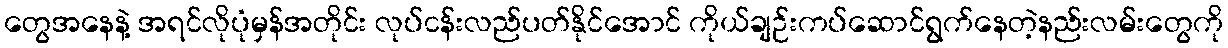
တွေအနေနဲ့ အရင်လိုပုံမှန်အတိုင်း လုပ်ငန်းလည်ပတ်နိုင်အောင် ကိုယ်ချဉ်းကပ်ဆောင်ရွက်နေတဲ့နည်းလမ်းတွေကို